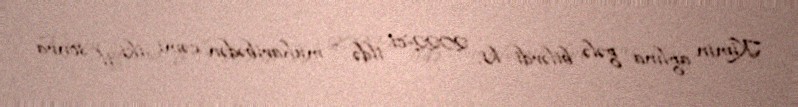
Kimin ağlına gələ bilərdi ki, 2022-ci ildə - müharibədən cəmi iki il sonra